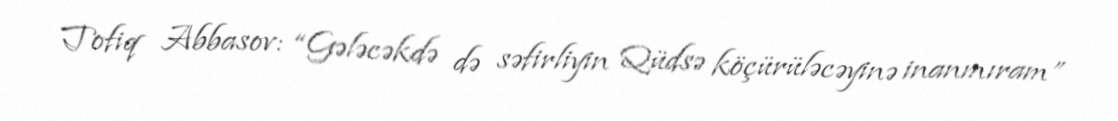
Tofiq Abbasov: “Gələcəkdə də səfirliyin Qüdsə köçürüləcəyinə inanmıram”